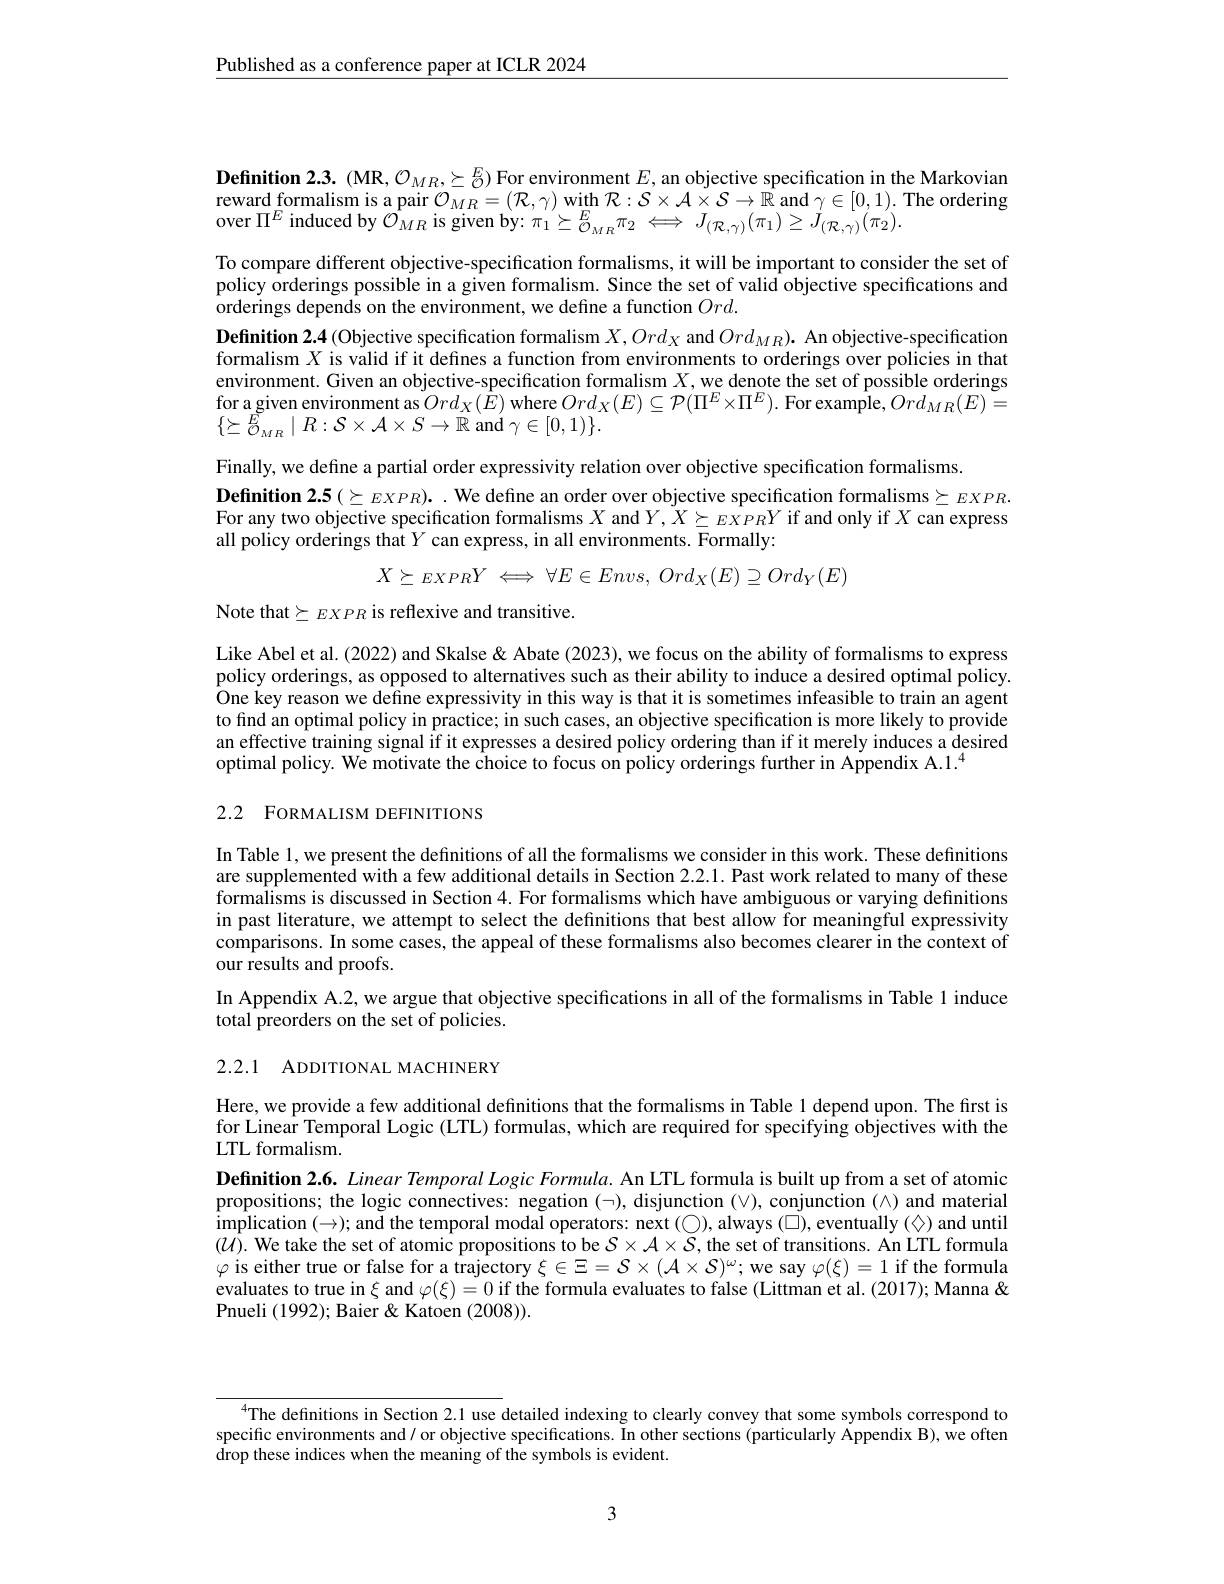
$\underline{\text{Published as a conference paper at ICLR 2024}}$

$\textbf{Definition 2.3.(MR, O}_{MR},\succeq_{\mathcal{O}})$For environment $E$, an objective specification in the Markovian reward formalism is a pair $\mathcal{O}_{MR}=(\mathcal{R},\gamma)$ with $\mathcal{R}:\mathcal{S}\times\mathcal{A}\times\mathcal{S}\to\hat{\mathbb{R}}$ and $\gamma\in[0,1).$ The ordering over $\Pi^E$ induced by $\mathcal{O}_MR$ is given by: $\pi_1\succeq_{\mathcal{O}_{MR}}^E\pi_2\Longleftrightarrow J_{(\mathcal{R},\gamma)}(\pi_1)\geq J_{(\mathcal{R},\gamma)}(\pi_2).$

To compare different objective-specification formalisms, it will be important to consider the set of policy orderings possible in a given formalism. Since the set of valid objective specifications and orderings depends on the environment, we define a function $Ord.$
Definition 2.4 (Objective specification formalism $X,Ord_X$ and $Ord_{MR}).$ An objective-specification formalism $X$ is valid if it defines a function from environments to orderings over policies in that environment. Given an objective-specification formalism $X$,we denote the set of possible orderings for a given environment as $Ord_X(\hat{E})$ where $Ord_X(E)\subseteq\mathcal{P}(\Pi^E\times\Pi^E).$ For example, $Ord_MR(E)=$ $\{\succeq\tilde{E}_{MR}\mid R:\mathcal{S}\times\mathcal{A}\times S\to\mathbb{R}$ and $\gamma\in[0,1)\}.$
Finally, we define a partial order expressivity relation over objective specification formalisms.
$\textbf{Definition 2. 5}( \succeq EXPR) .$ We define an order over objective specification formalisms$\succeq_EXPR.$ For any two objective specification formalisms $X$ and $Y,X\succeq EXPRY$ if and only if $X$ can express all policy orderings that $Y$ can express, in all environments. Formally:
$$X\succeq_{EXPR}Y\iff\forall E\in Envs,\:Ord_{X}(E)\supseteq Ord_{Y}(E)$$
Note that$\succeq EXPR$ is reflexive and transitive.

Like Abel et al. (2022) and Skalse & Abate (2023), we focus on the ability of formalisms to express policy orderings, as opposed to alternatives such as their ability to induce a desired optimal policy. One key reason we define expressivity in this way is that it is sometimes infeasible to train an agent to find an optimal policy in practice; in such cases, an objective specification is more likely to provide an effective training signal if it expresses a desired policy ordering than if it merely induces a desired optimal policy. We motivate the choice to focus on policy orderings further in Appendix A.1.$^{4}$
2.2 FORMALISM DEFINITIONS

In Table 1, we present the definitions of all the formalisms we consider in this work. These definitions are supplemented with a few additional details in Section 2.2.1. Past work related to many of these formalisms is discussed in Section 4. For formalisms which have ambiguous or varying definitions in past literature, we attempt to select the definitions that best allow for meaningful expressivity comparisons. In some cases, the appeal of these formalisms also becomes clearer in the context of our results and proofs.
In Appendix A.2, we argue that objective specifications in all of the formalisms in Table 1 induce
total preorders on the set of policies.

## 2.2.1 ADDITIONAL MACHINERY

Here, we provide a few additional definitions that the formalisms in Table l depend upon. The first is for Linear Temporal Logic (LTL) formulas, which are required for specifying objectives with the LTL formalism.
Definition $2. 6. \textit{ Linear Temporal Logic Formula. An LTL formula is built up from a set of atomic}$ propositions; the logic connectives: negation $(\neg)$, disjunction $(\vee)$, conjunction $(\wedge)$ and material implication $( \to ) ;$ and the temporal modal operators: next ( $\bigcirc$) , always ( $\square$) , eventually ( $\diamondsuit$) and until implication $( \to ) ;$ and the temporal modal operators: next ( $\bigcirc$) , always ( $\square$) , eventually ( $\diamondsuit$) anduntil $(\mathcal{U}).$ We take the set of atomic propositions to be $\mathcal{S}\times\mathcal{A}\times\dot{\mathcal{S}}$, the set of transitions. An LTL formula $\varphi$ is either true or false for a trajectory $\xi\in\Xi=\mathcal{S}\times(\mathcal{A}\times\mathcal{S})^\omega;$ we say $\varphi(\xi)=1$ if the formula evaluates to true in $\xi$ and $\varphi(\xi)=0$ if the formula evaluates to false (Littman et al. (2017); Manna & Pnueli (1992);Baier &Katoen (2008)).

$^{4}$The definitions in Section 2.1 use detailed indexing to clearly convey that some symbols correspond to specific environments and/ or objective specifications. In other sections (particularly Appendix B), we often drop these indices when the meaning of the symbols is evident.

3